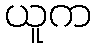
ယူက